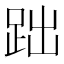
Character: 𧿺